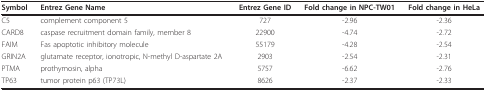
| Symbol | Entrez Gene Name | Entrez Gene ID | Fold change in NPC-TW01 | Fold change in HeLa |
 | --- | --- | --- | --- | --- |
 | C5 | complement component 5 | 727 | -2.96 | -2.36 |
 | CARD8 | caspase recruitment domain family, member 8 | 22900 | -4.74 | -2.72 |
 | FAIM | Fas apoptotic inhibitory molecule | 55179 | -4.28 | -2.54 |
 | GRIN2A | glutamate receptor, ionotropic, N-methyl D-aspartate 2A | 2903 | -2.54 | -2.31 |
 | PTMA | prothymosin, alpha | 5757 | -6.62 | -2.76 |
 | TP63 | tumor protein p63 (TP73L) | 8626 | -2.37 | -2.33 |